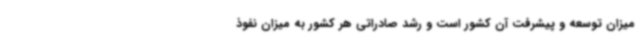
میزان توسعه و پیشرفت آن کشور است و رشد صادراتی هر کشور به میزان نفوذ